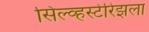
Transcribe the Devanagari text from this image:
सिल्व्हस्टेरिझला